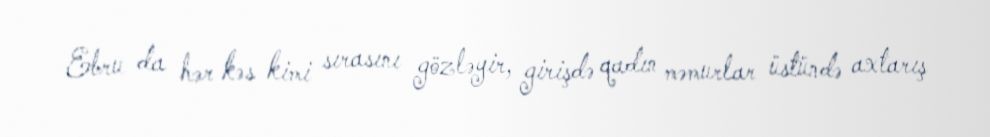
Ebru da hər kəs kimi sırasını gözləyir, girişdə qadın məmurlar üstündə axtarış